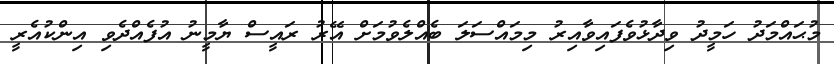
މުޙައްމަދު ހަމީދު ވިދާޅުވެފައިވާއިރު މިމައްސަލަ ބެއްލެވުމަށް އޭރު ރައީސް ޔާމީނު އުފެއްދެވި އިންކުއެރީ